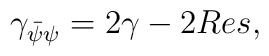
\gamma_{\bar\psi\psi} = 2 \gamma - 2 Res,